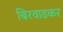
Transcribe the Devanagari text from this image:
बिरवाडकर